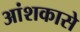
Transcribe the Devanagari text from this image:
आंशकासे